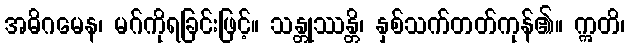
အဓိဂမေန၊ မဂ်ကိုရခြင်းဖြင့်။ သန္တုဿန္တိ၊ နှစ်သက်တတ်ကုန်၏။ ဣတိ၊